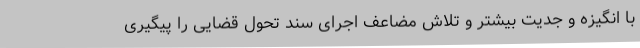
با انگیزه و جدیت بیشتر و تلاش مضاعف اجرای سند تحول قضایی را پیگیری